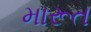
મારૂત